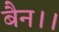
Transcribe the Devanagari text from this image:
बैन।।